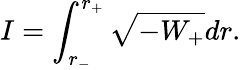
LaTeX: I=\int_{r_{-}}^{r_{+}}\sqrt{-W_{+}}dr.